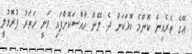
އޭގެ ތެރެއިން ކޮންމެ ކޮޅަކަށް ދެ ލޭން ހާއްސަކޮށްފައި ވަނީ ހަތަރު ފުރޮޅުލީ